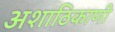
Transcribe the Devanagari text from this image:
अशाठिकाणी